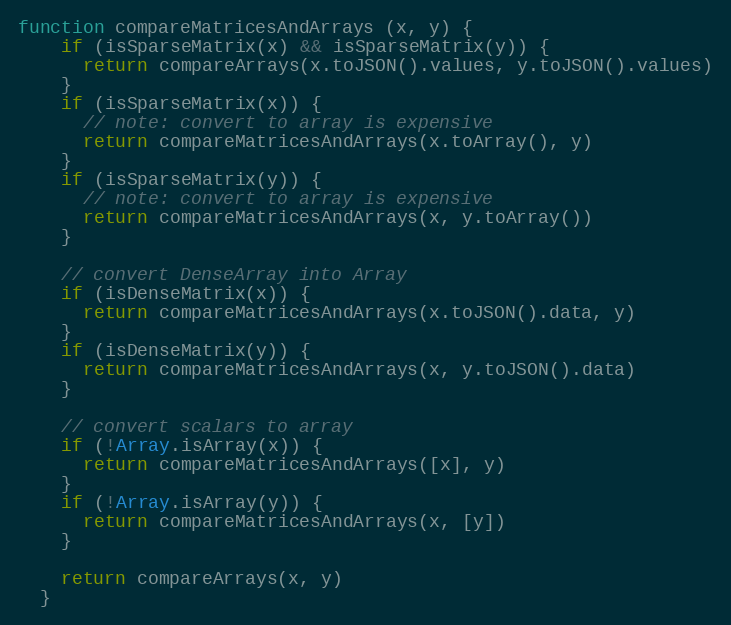
Language: JavaScript
function compareMatricesAndArrays (x, y) {
    if (isSparseMatrix(x) && isSparseMatrix(y)) {
      return compareArrays(x.toJSON().values, y.toJSON().values)
    }
    if (isSparseMatrix(x)) {
      // note: convert to array is expensive
      return compareMatricesAndArrays(x.toArray(), y)
    }
    if (isSparseMatrix(y)) {
      // note: convert to array is expensive
      return compareMatricesAndArrays(x, y.toArray())
    }

    // convert DenseArray into Array
    if (isDenseMatrix(x)) {
      return compareMatricesAndArrays(x.toJSON().data, y)
    }
    if (isDenseMatrix(y)) {
      return compareMatricesAndArrays(x, y.toJSON().data)
    }

    // convert scalars to array
    if (!Array.isArray(x)) {
      return compareMatricesAndArrays([x], y)
    }
    if (!Array.isArray(y)) {
      return compareMatricesAndArrays(x, [y])
    }

    return compareArrays(x, y)
  }